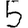
Digit: 5